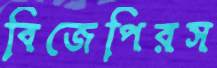
বিজেপিরস